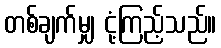
တစ်ချက်မျှ ငုံ့ကြည့်သည်။